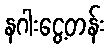
နဂါးငွေ့တန်း